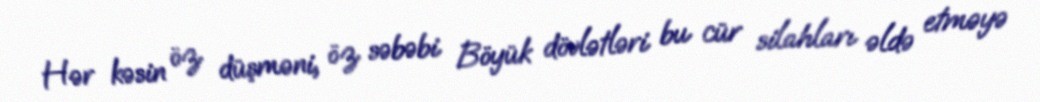
Hər kəsin öz düşməni, öz səbəbi Böyük dövlətləri bu cür silahları əldə etməyə